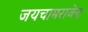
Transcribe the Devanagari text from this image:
जयचामराजेन्द्र